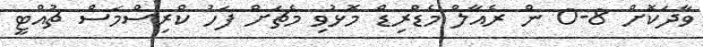
ވާދަކޮށް 8-0 ން ރެއާލް މެޑްރިޑް މޮޅުވި މެޗަށް ފަހު ކްރިސްމަސް ޗުއްޓީ